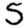
Digit: 5